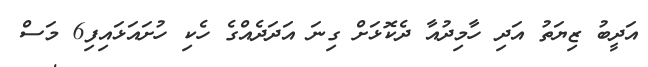
އަދީބު ޒިޔަތު އަދި ހާމިދުއާ ދެކޮޅަށް ގިނަ އަދަދެއްގެ ހެކި ހުށައަޅައިފި6 މަސް